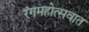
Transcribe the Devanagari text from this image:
रंगमहोत्सवात